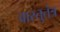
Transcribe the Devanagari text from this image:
वास्तुतंत्र